Medical and sanitary report of the native army of Bengal for the year
Year: 1878
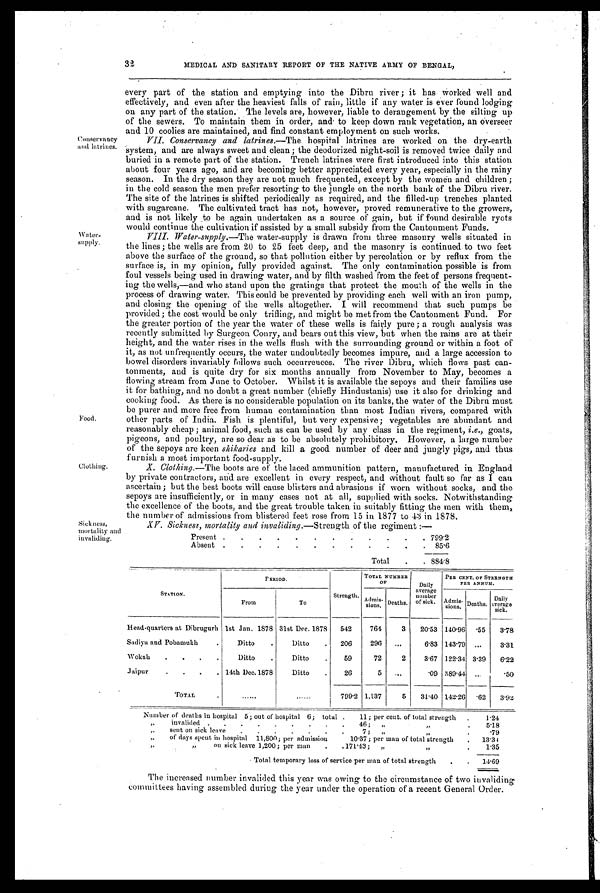
Conservancy
and latrines.
Water-
supply.
Food.
Clothing.
Sickness,
mortality and
invaliding.
32
MEDICAL AND SANITARY REPORT OF THE NATIVE ARMY OF BENGAL
.
every part of the station and emptying into the Dibru river ; it has, worked well and
effectively, and even after the heaviest falls of rain, little if any water is ever found lodging
on any part of the station. The levels are, however, liable to derangement by the silting up
of the sewers. To maintain them in order, and to keep down rank vegetation, an overseer
and 10 coolies are maintained, and find constant employment on such works.
VII. Conservancy and latrines.—The hospital latrines are worked on the dry-earth
system, and are always sweet and clean; the deodorized night-soil is removed twice daily and
buried in a remote part of the station. Trench latrines were first introduced into this station
about four years ago, and are becoming better appreciated every year, especially in the rainy
season. In the dry season they are not much frequented, except by the women and children
in the cold season the men prefer resorting to the jungle on the north bank of the Dibru river.
The site of the latrines is shifted periodically as required, and the filled-up trenches planted
with sugarcane. The cultivated tract has not, however, proved remunerative to the growers,
and is not likely to be again undertaken as a source of gain, but if found desirable ryots
would continue the cultivation if assisted by a small subsidy from the Cantonment Funds.
VIII. Water-supply. —The water-supply is drawn from three masonry wells situated in
the lines ; the wells are from 20 to 25 feet deep, and the masonry is continued to two feet
above the surface of the ground, so that pollution either by percolation or by reflux from the
surface is, in my opinion, fully provided against. The only contamination possible is from
foul vessels being used in drawing water, and by filth washed from the feet of persons frequent
- i n g t h e w e l l s , — a n d w h o s t a n d u p o n t h e g r a t i n g s t h a t p r o t e c t t h e m o u t h o f t h e w e l l s i n t h e
process of drawing water. This could be prevented by providing each well with an iron pump,
and closing the opening of the wells altogether. I will recommend that such pumps be
provided ; the cost would be only trifling, and might be met from the Cantonment Fund. For
the greater portion of the year the water of these wells is fairly pure ; a rough analysis was
recently submitted by Surgeon Conry, and bears out this view, but when the rains are at their
height, and the water rises in the wells flush with the surrounding ground or within a foot of
it, as not unfrequently occurs, the water undoubtedly becomes impure, and a large accession to
bowel disorders invariably follows such occurrences. The river Dibru, which flows past can-
tonments, and is quite dry for six months annually from November to May, becomes a
flowing stream from June to October. Whilst it is available the sepoys and their families use
it for bathing, and no doubt a great number (chiefly Hindustanis) use it also for drinking and
cooking food. As there is no considerable population on its banks, the water of the Dibru must
be purer and more free from human contamination than most Indian rivers, compared with
other parts of India. Fish is plentiful, but very expensive; vegetables are abundant and
reasonably cheap ; animal food, such as can be used by any class in the regiment, i.e., goats,
pigeons, and poultry, are so dear as to be absolutely prohibitory. However, a large number
of the sepoys are keen shikaries and kill a good number of deer and jungly pigs, and thus
furnish a most important food-supply.
X. Clothing. —The boots are of the laced ammunition pattern, manufactured in England
by private contractors, and are excellent in every respect, and without fault so far as I can
ascertain ; but the best boots will cause blisters and abrasions if worn without socks, and the
sepoys are insufficiently, or in many cases not at all, supplied with socks. Notwithstanding
the excellence of the boots, and the great trouble taken in suitably fitting the men with them,
the number of admissions from blistered feet rose from 15 in 1877 to 43 in 1878.
XV. Sickness, mortality and invaliding. —Strength of the regiment:—
Present .
.
.
.
.
.
.
.
.
.
.
. 799.2
Absent .
.
.
.
.
.
.
.
.
.
.
.
85.6
Total
.
. 8 8 4 . 8
STATION.
PERIOD.
Strength
TOTAL NUMBER
OF
Daily
average
number
of
PER CENT. 0F STRENGTH
PER ANNUM.
From
To
A d m i s - s i o n s . Deaths.
Admis-s i o n s . Deaths.
Daily
average
sick.
Head-quarters at Dibrugurh 1st Jan. 1878 31st Dee. 1878
542
764
3
20.53 140.96 .55
3.78
Sadiya and Pobamukh
.
Ditto
.
Ditto
.
206
296
...
6.83 143 . 79
...
3.31
Wokah
.
.
.
.
Ditto
.
Ditto
.
59
72
2
3.67 122.34 3 . 39
6.22
Jaipur
.
.
.
. 14th Dec.1878
Ditto
.
26
5
.09 389.44
.50
TOTAL
.
. . . . . .
. . . . . . 799.2 1,137
5
31.40 142.26 .62
3.92
Number of deaths in hospital 5; out of hospital 6; total .
11; per cent. of total strength
.
1.24
„
invalided .
. . . . . . . .
46;
,,
, , .
5.18
,,
sent on sick leave
.
.
.
.
.
.
.
7;
, ,
, , .
. 7 9
„
of days spent in hospital 11,800; per admission
10.37; per man of total strength
.
13.34
, ,
„
on sick leave 1,200 ; per man
.
. 171.43;
, ,
,,
.
1.35
Total temporary loss of service per man of total strength
.
.
14.69
The increased number invalided this year was owing to the circumstance of two invaliding,
committees having assembled during the year under the operation of a recent General Order.